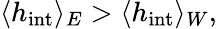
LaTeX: \langle h_{\mathrm{int}}\rangle_{E}>\langle h_{\mathrm{int}}\rangle_{W},